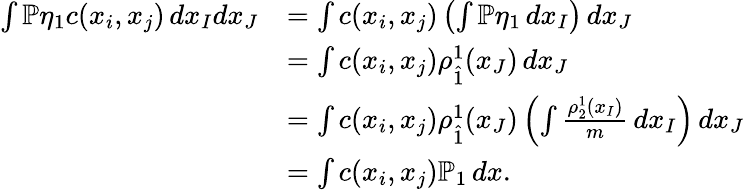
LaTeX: \begin{array}{rl}{\int\mathbb{P}\eta_{1}c(x_{i},x_{j})\, dx_{I}dx_{J}}&{=\int c(x_{i},x_{j})\left(\int\mathbb{P}\eta_{1}\, dx_{I}\right)\, dx_{J}}\\ &{=\int c(x_{i},x_{j})\rho_{\hat{1}}^{1}(x_{J})\, dx_{J}}\\ &{=\int c(x_{i},x_{j})\rho_{\hat{1}}^{1}(x_{J})\left(\int\frac{\rho_{2}^{1}(x_{I})}m\, dx_{I}\right)\, dx_{J}}\\ &{=\int c(x_{i},x_{j})\mathbb{P}_{1}\, dx.}\end{array}